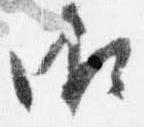
御